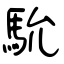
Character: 馻